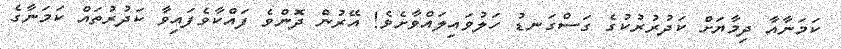
ކަމަނާއާ ދިމާޔަށް ކަދުރުރުކުގެ ގަސްގަނޑު ހަލުވައިލައްވާށެވެ! އޭރުން ދޮންވެ ފައްކާވެފައިވާ ކަދުރުތައް ކަމަނާގެ